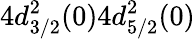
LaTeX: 4d_{3/2}^{2}(0)4d_{5/2}^{2}(0)